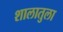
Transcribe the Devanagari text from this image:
शालातुला